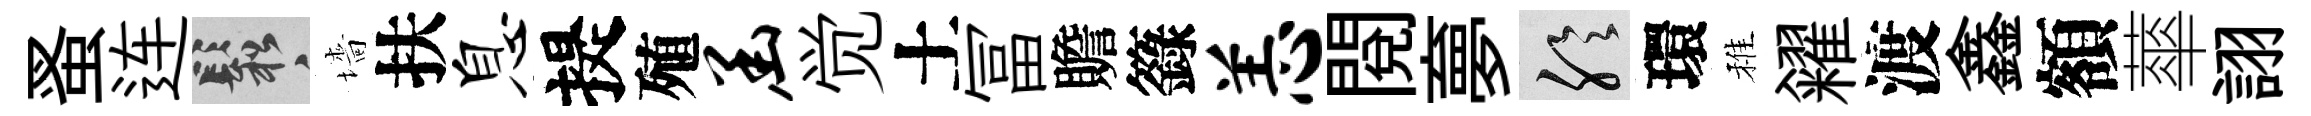
蚤连鬆墻扶息提殖函觉土冨贍籙恙閱夣聆環稚糴渡鑫額蕐詡